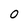
Character: 0